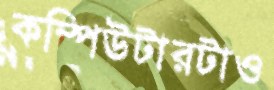
কম্পিউটারটাও